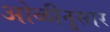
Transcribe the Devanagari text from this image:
ओळीनुसार